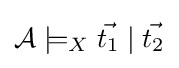
{\mathcal {A}}\models _{X}{\vec {t_{1}}}\mid {\vec {t_{2}}}